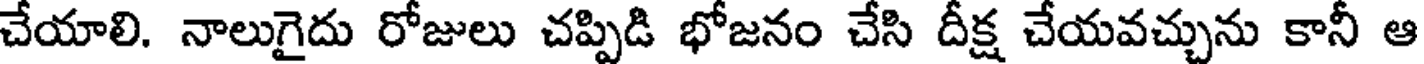
చేయాలి. నాలుగైదు రోజులు చప్పిడి భోజనం చేసి దీక్ష చేయవచ్చును కానీ ఆ